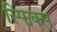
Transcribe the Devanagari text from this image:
स्फिक्स्